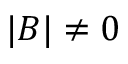
| B | \ne 0